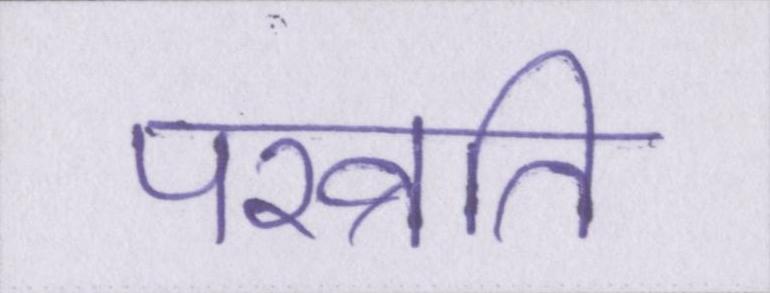
परव्रति